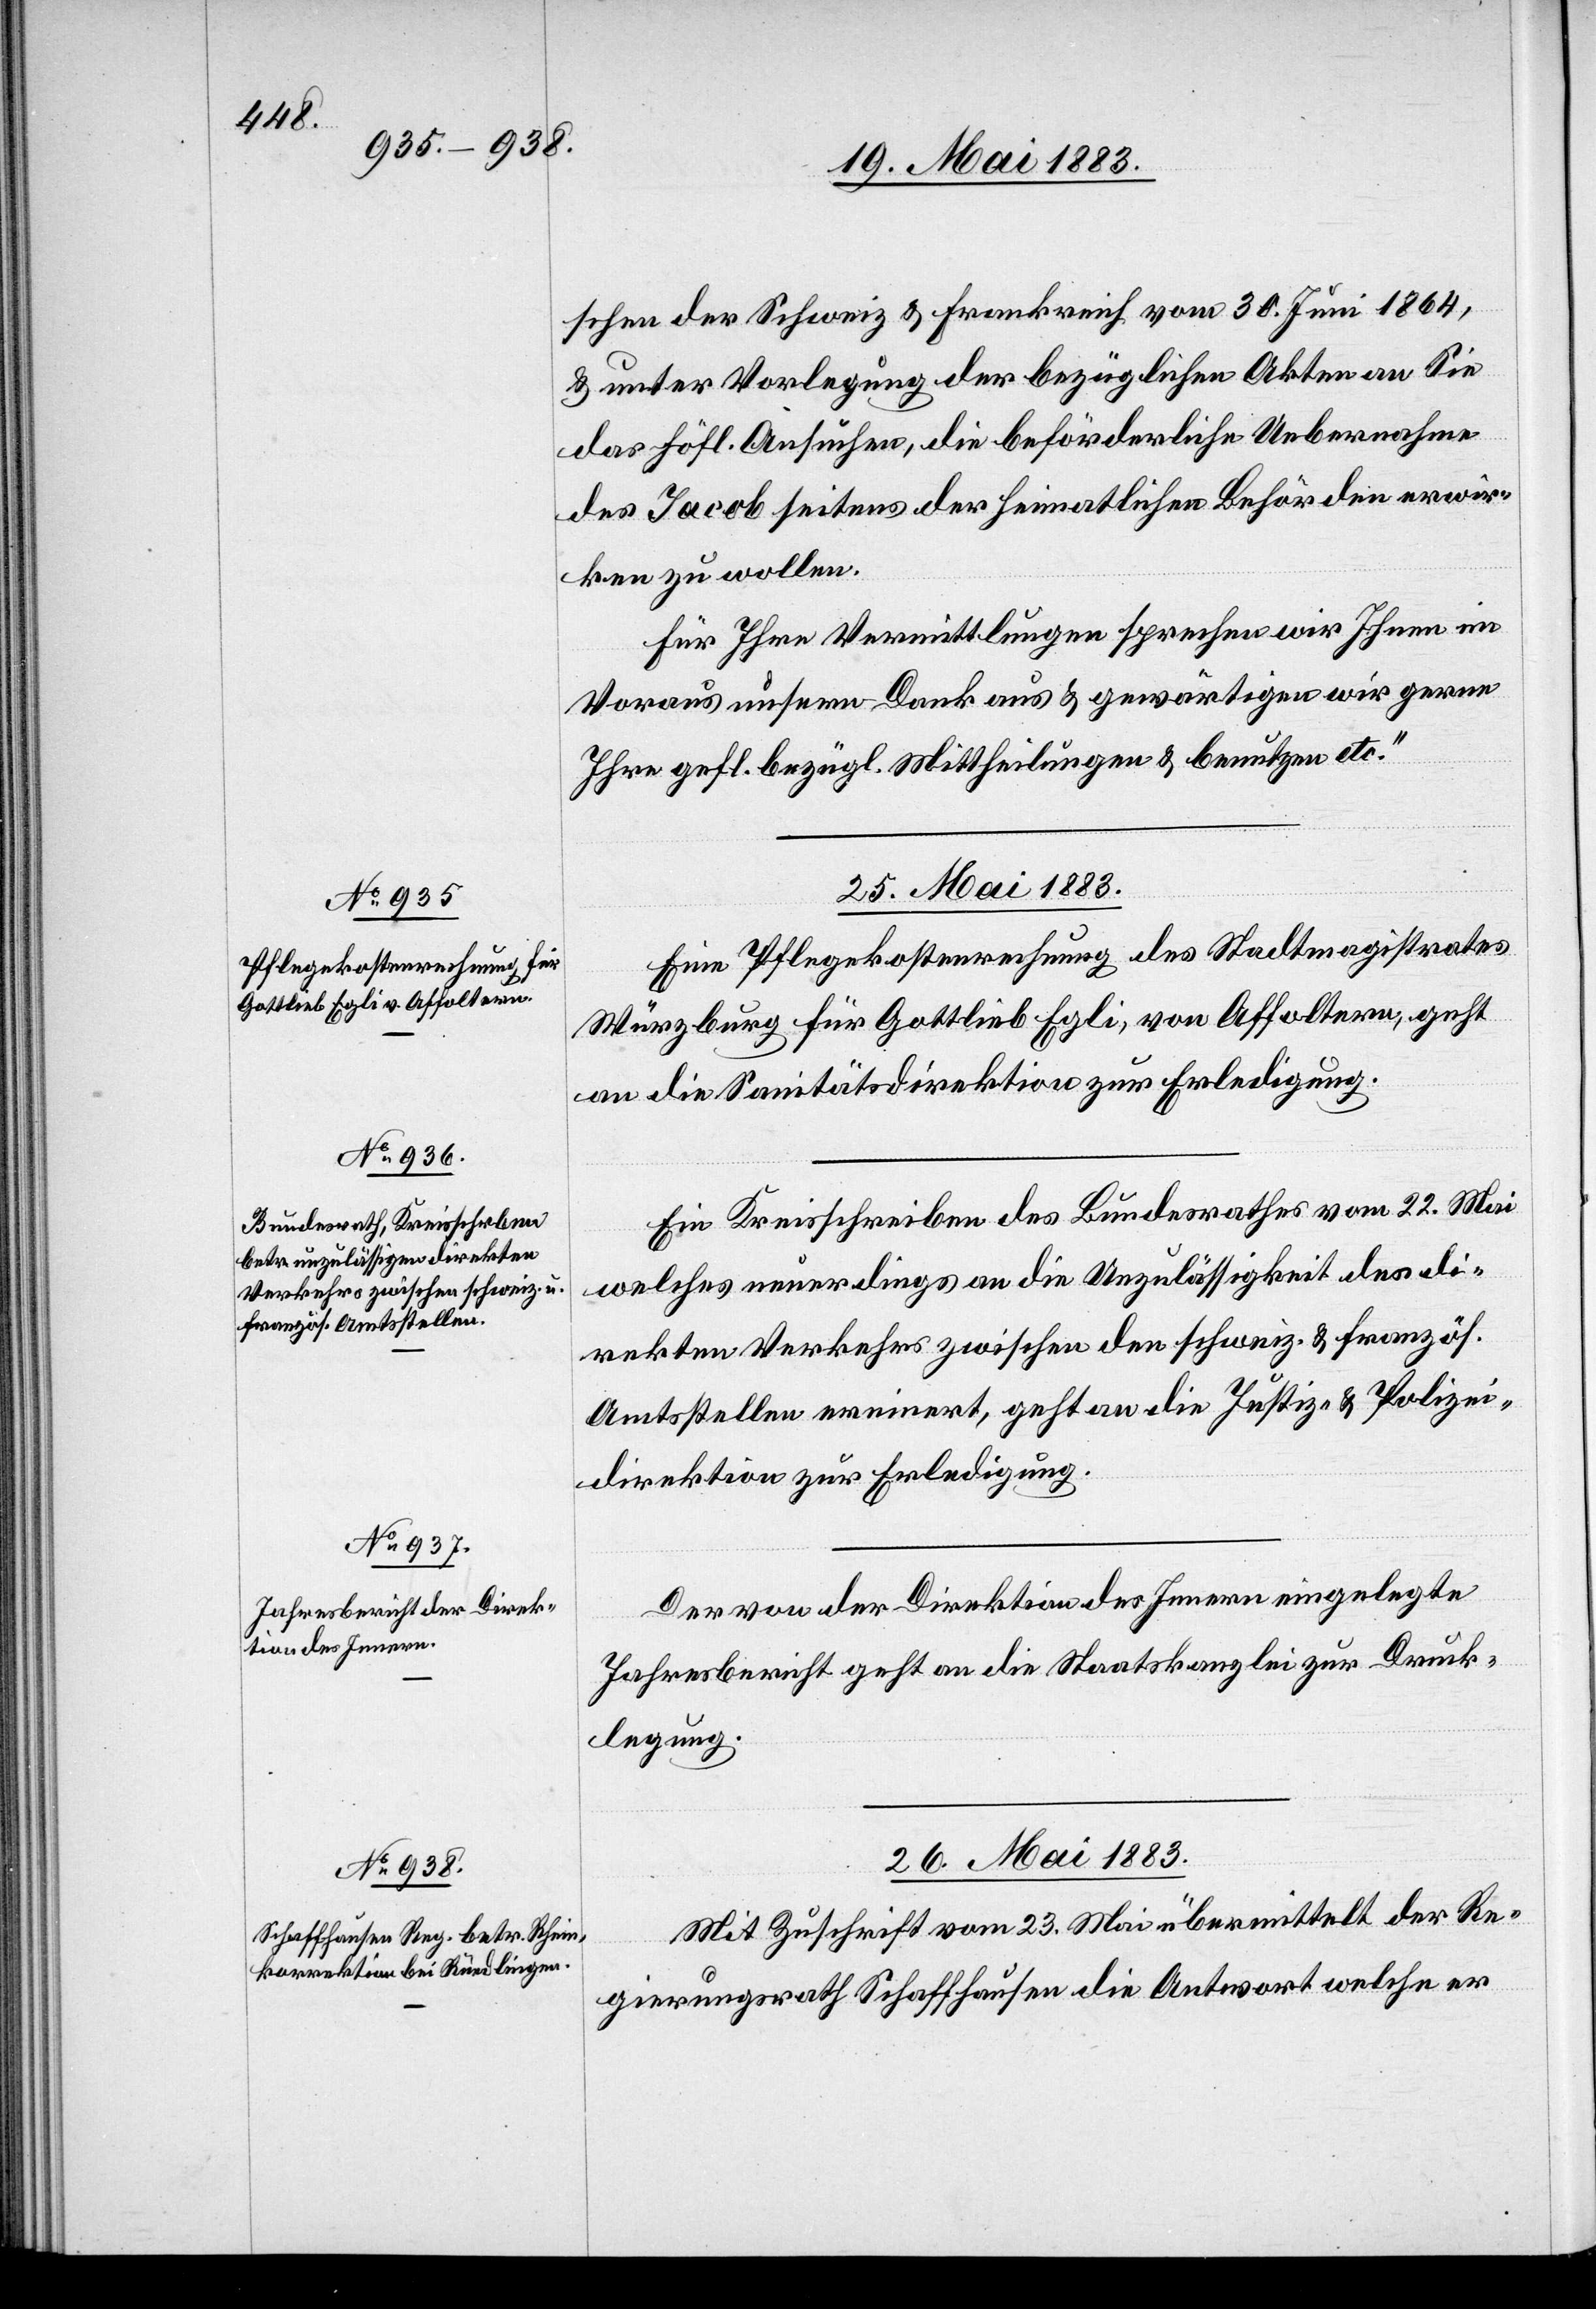
schen der Schweiz & Frankreich vom 30. Juni 1864,
& unter Vorlegung der bezüglichen Akten an Sie
das höfl. Ansuchen, die beförderliche Uebernahme
des Jacob seitens der heimatlichen Behörden erwir¬
ken zu wollen.
Für Ihre Vermittlungen sprechen wir Ihnen im
Voraus unseren Dank aus & gewärtigen wir gerne
Ihre gefl. bezügl. Mittheilungen & benutzen etc.“
25. Mai 1883.]
Eine Pflegekostenrechnung des Stadtmagistrates
Würzburg für Gottlieb Egli, von Affoltern, geht
an die Sanitätsdirektion zur Erledigung.
Ein Kreisschreiben des Bundesrathes vom 22. Mai
welches neuerdings an die Unzulässigkeit des di¬
rekten Verkehrs zwischen den schweiz. & französ.
Amtsstellen erinnert, geht an die Justiz- & Polizei¬
direktion zur Erledigung.
Der von der Direktion des Innern eingelegte
Jahresbericht geht an die Staatskanzlei zur Druck¬
legung.
26. Mai 1883.
Mit Zuschrift vom 23. Mai übermittelt der Re¬
gierungsrath Schaffhausen die Antwort welche er